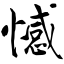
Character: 憾